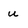
Character: u